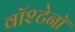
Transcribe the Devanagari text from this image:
वॉश्टेनॉ